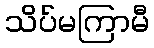
သိပ်မကြာမီ